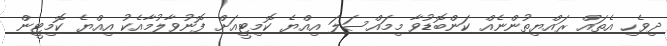
ދިވެހި އެތައް ރައްޔިތުންނެއް ކަންބޮޑުވާ މިމައްސަލަ އިއްޔެ ކޮމިޓީއަށް ފޮނުވާލުމާއެކު އިއްޔެ ކޮމިޓީން